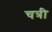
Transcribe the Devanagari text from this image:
चत्री